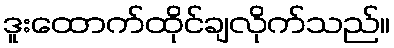
ဒူးထောက်ထိုင်ချလိုက်သည်။